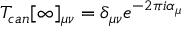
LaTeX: T _ { c a n } [ \infty ] _ { \mu \nu } = \delta _ { \mu \nu } e ^ { - 2 \pi i \alpha _ { \mu } }